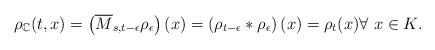
LaTeX: \begin{align*}\rho_{\mathbb{C}}(t,x)=\left( \overline{M}_{s,t-\epsilon}\rho_{\epsilon}\right) (x)=\left( \rho_{t-\epsilon}\ast\rho_{\epsilon}\right) \left(x\right) =\rho_{t}(x)\forall~x\in K. \end{align*}